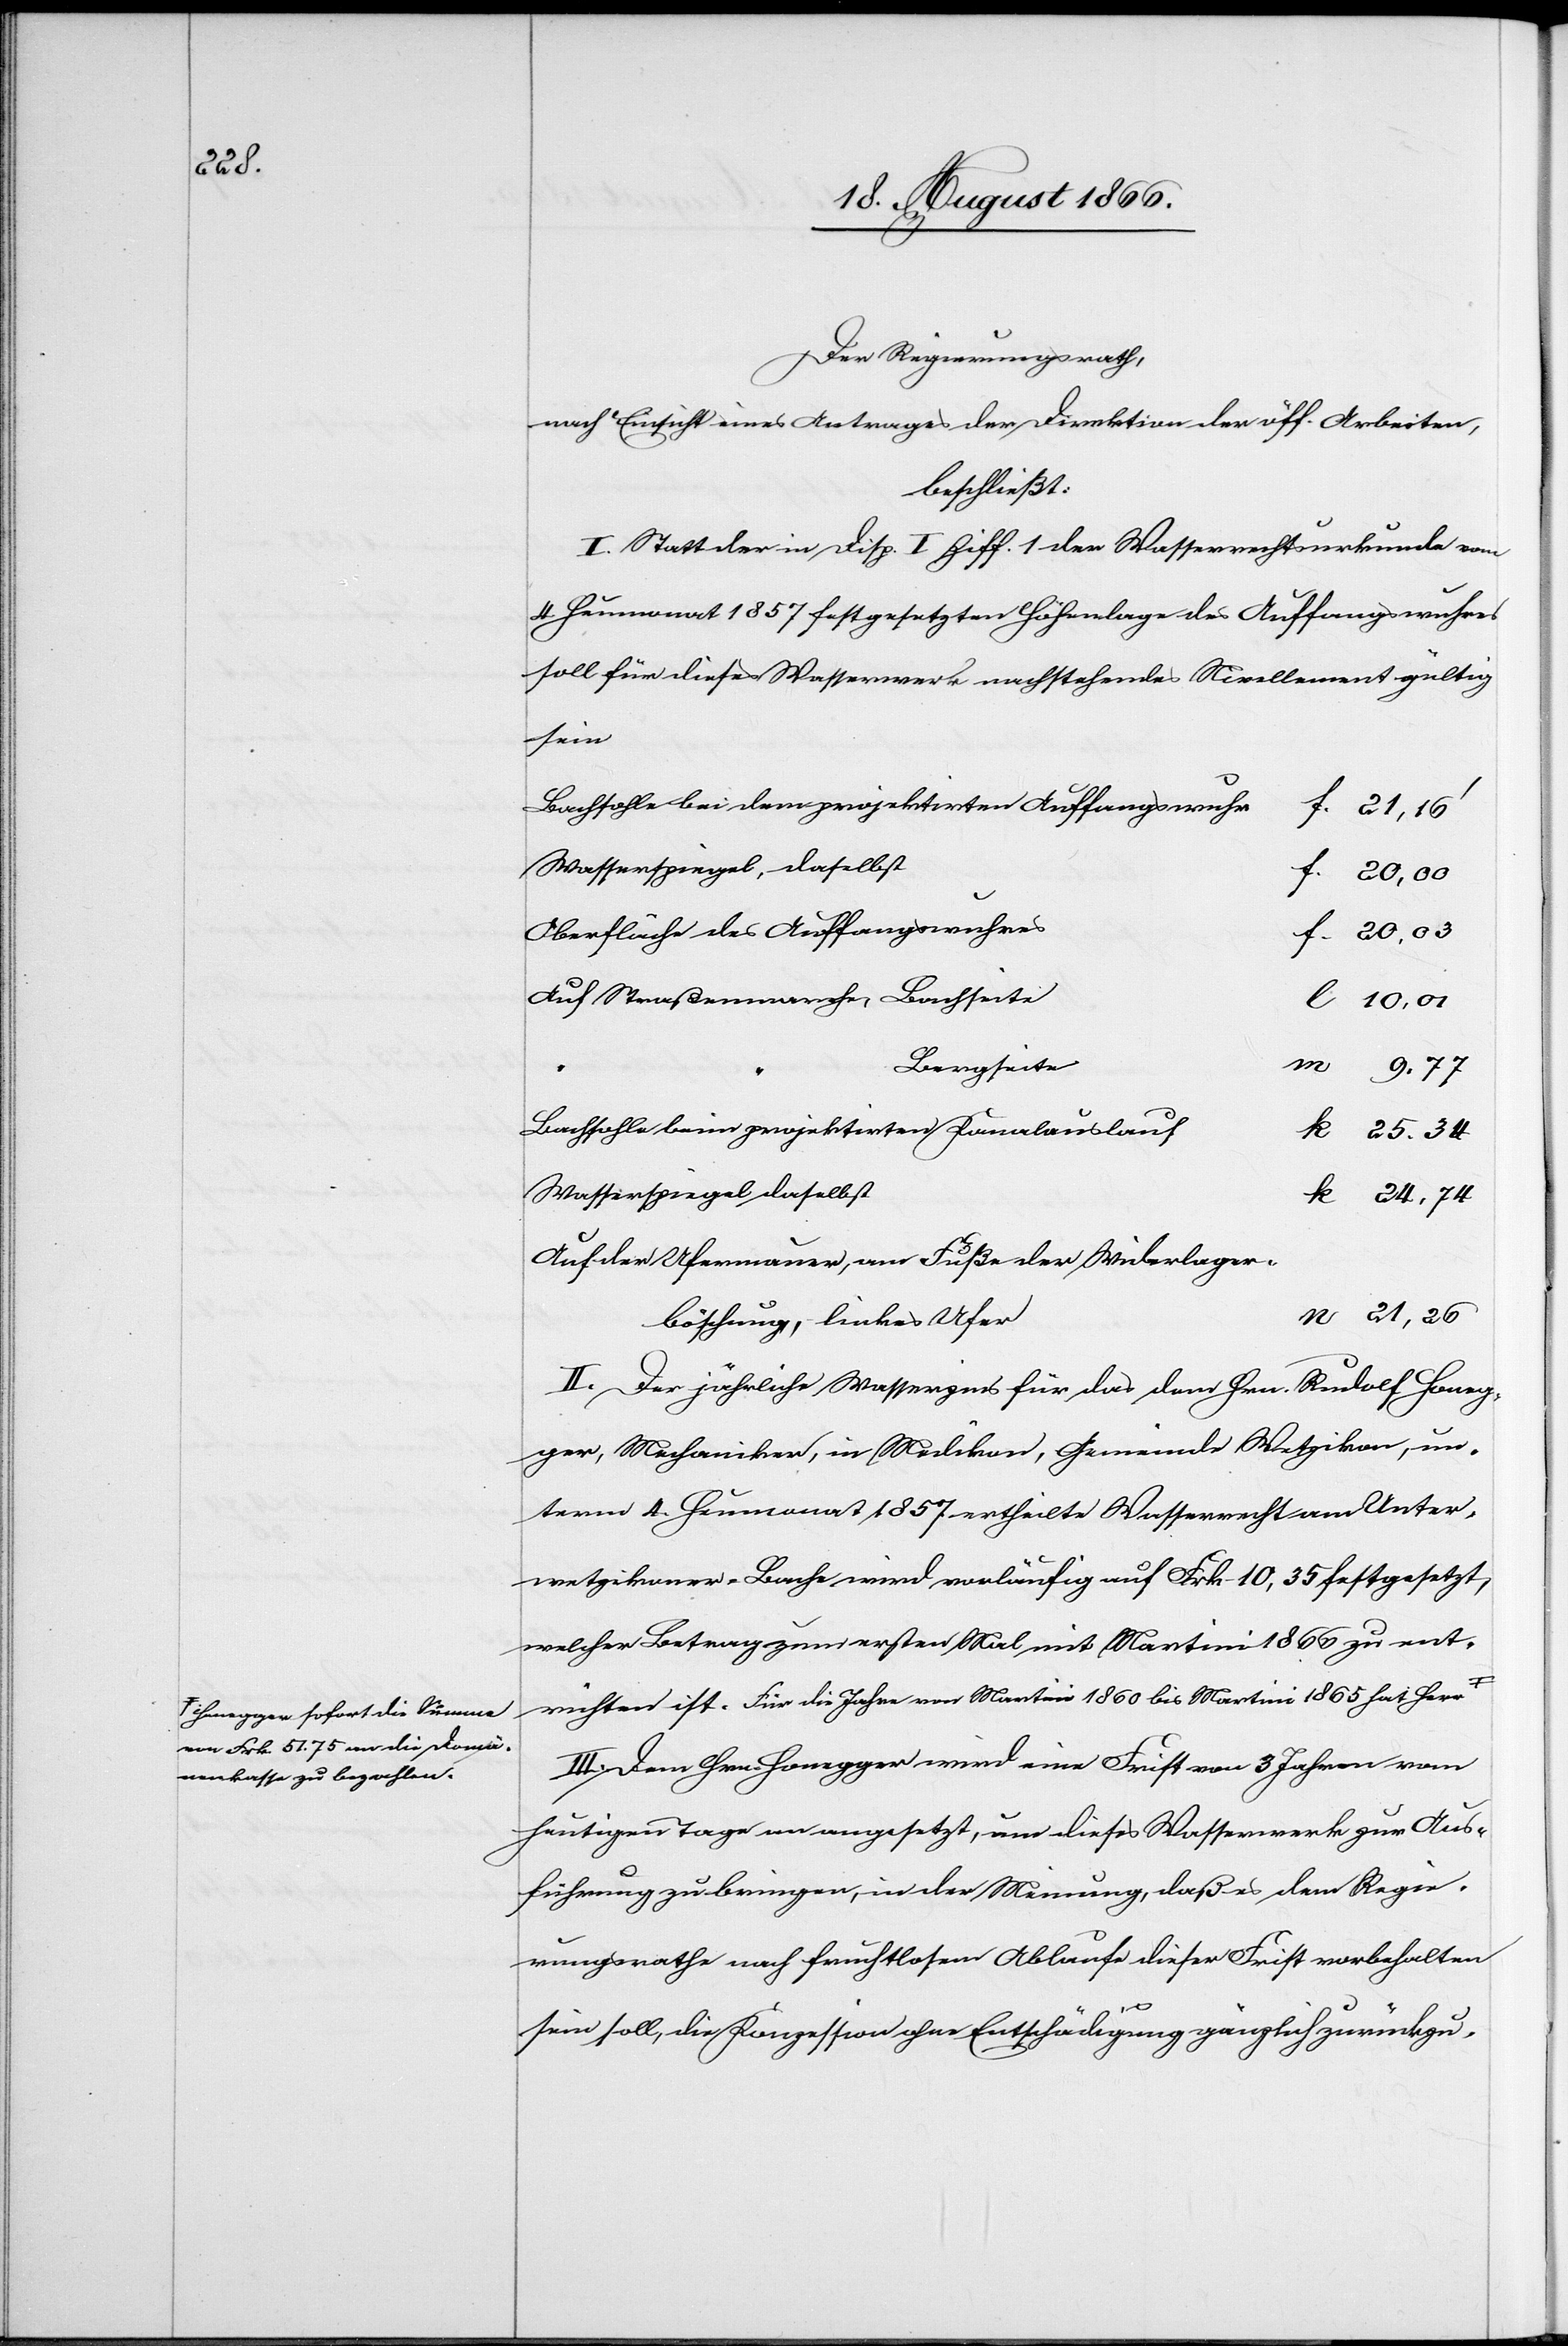
25.34

a-Honegger sofort die Summe
von Frk. 51,75 an die Domä¬
nenkassa zu bezahlen.-a

Der Regierungsrath,
nach Einsicht eines Antrages der Direktion der öff. Arbeiten,
beschließt:
I. Statt der in Disp. I Ziff. 1 der Wasserrechtsurkunde vom
4. Heumonat 1857 festgesetzten Höhenlagen des Auffangswuhres
soll für dieses Wasserwerk nachstehendes Nivellement gültig
sein
Bachsohle bei dem projektirten Auffangswuhr
21,16‘
Wasserspiegel, daselbst
Oberfläche des Auffangswuhres
Auf Straßenmarche, Bachseite
Bergseite
Bachsohle beim projektirten Kanalauslauf
Wasserspiegel daselbst
Auf der Ufermauer, am Fuße der Widerlager¬
böschung, linkes Ufer
II. Der jährliche Wasserzins für das dem Hrn. Rudolf Honeg¬
ger, Mechaniker, in Medikon, Gemeinde Wetzikon, un¬
term 4. Heumonat 1857 ertheilte Wasserrecht am Unter¬
wetzikoner-Bache wird vorläufig auf Frk. 10,35 festgesetzt,
welcher Betrag zum ersten Mal mit Martini 1866 zu ent¬
richten ist. Für die Jahre von Martini 1860 bis Martini 1865 hat Herr
III. Dem Hrn. Honegger wird eine Frist von 3 Jahren vom
heutigen Tage an angesetzt, um dieses Wasserwerk zur Aus¬
führung zu bringen, in der Meinung, daß es dem Regie¬
rungsrathe nach fruchtlosem Ablaufe dieser Frist vorbehalten
21,26.
sein soll, die Konzession ohne Entschädigung gänzlich zurückzu-